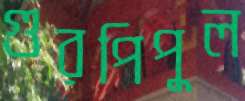
গুরপিপুল